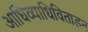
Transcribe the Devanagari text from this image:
आधिव्याधिविताड़न